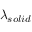
\lambda _ { s o l i d }